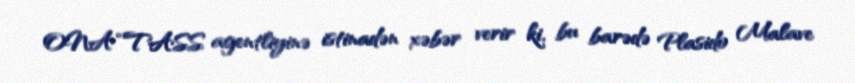
ONA “TASS agentliyinə istinadən xəbər verir ki, bu barədə Plasido Malave